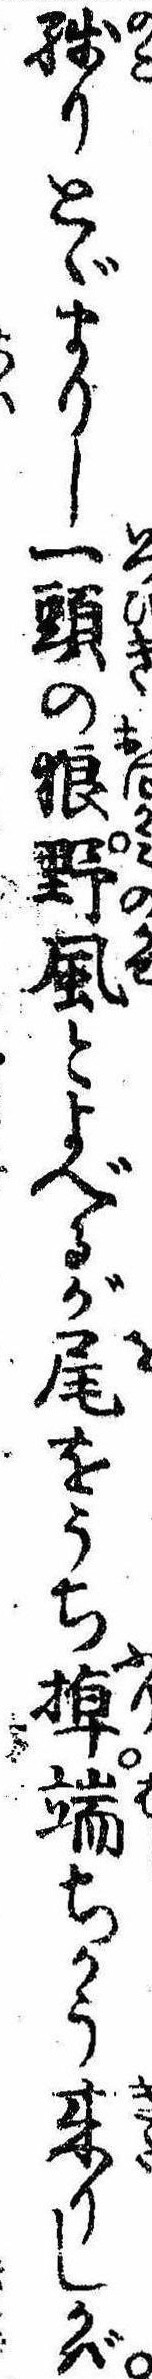
残りとゞまりし一頭の狼野風とよべるが尾をうち掉端ちかう来りしかば